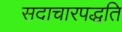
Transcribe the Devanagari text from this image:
सदाचारपद्धति